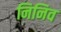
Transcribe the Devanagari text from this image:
निनिव